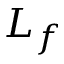
L _ { f }